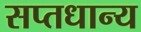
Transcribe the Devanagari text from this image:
सप्तधान्य